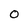
Character: 0